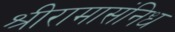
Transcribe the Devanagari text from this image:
श्रीरामासंनिध